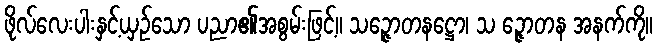
ဖိုလ်လေးပါးနှင့်ယှဉ်သော ပညာ၏အစွမ်းဖြင့်။ သဉ္ဇောတနဋ္ဌော၊ သ ဉ္ဇောတန အနက်ကို။